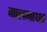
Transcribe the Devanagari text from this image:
गालमाधव